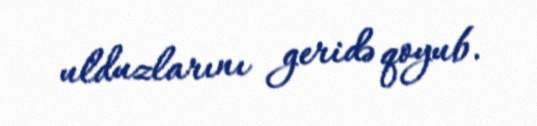
ulduzlarını geridə qoyub.